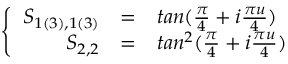
\left\{ \begin{array} { r c l } { { S _ { 1 ( 3 ) , 1 ( 3 ) } } } & { { = } } & { { t a n ( \frac { \pi } { 4 } + i \frac { \pi u } { 4 } ) } } \\ { { S _ { 2 , 2 } } } & { { = } } & { { t a n ^ { 2 } ( \frac { \pi } { 4 } + i \frac { \pi u } { 4 } ) \nonumber } } \end{array} \right.